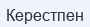
Керестпен